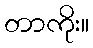
တာကိုး။